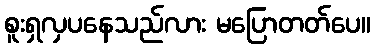
စူးရှလှပနေသည်လား မပြောတတ်ပေ။